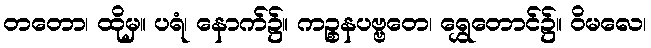
တတော၊ ထိုမှ။ ပရံ၊ နောက်၌။ ကဉ္စနပဗ္ဗတေ၊ ရွှေတောင်၌။ ဝိမလေ၊